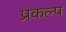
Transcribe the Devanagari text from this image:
प्रकल्‍प